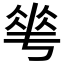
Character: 𬾵